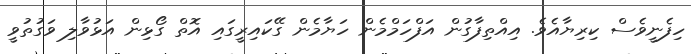
ހިފެނީވެސް ކިރިޔާއެވެ. އިއްތިފާގުން އަފްހަމްމެން ހަޔާމެން ގޭކައިރީގައި އޮތް ގޯޅިން އަޅުވާލި ވަގުތުވީ